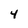
Character: 4